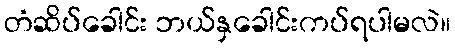
တံဆိပ်ခေါင်း ဘယ်နှခေါင်းကပ်ရပါမလဲ။